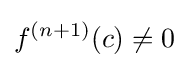
f^{(n+1)}(c)\neq 0